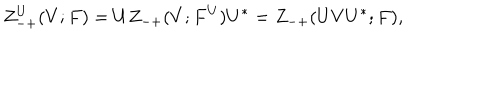
LaTeX: Z _ { - + } ^ { U } ( V ; F ) = U Z _ { - + } ( V ; F ^ { U } ) U ^ { * } = Z _ { - + } ( U V U ^ { * } ; F ) ,